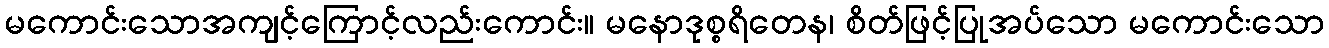
မကောင်းသောအကျင့်ကြောင့်လည်းကောင်း။ မနောဒုစ္စရိတေန၊ စိတ်ဖြင့်ပြုအပ်သော မကောင်းသော